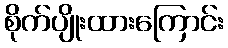
စိုက်ပျိုးထားကြောင်း